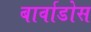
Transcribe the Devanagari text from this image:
बार्वाडोस